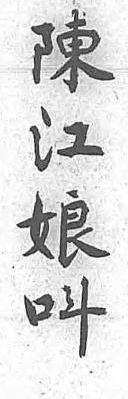
陳江娘呌